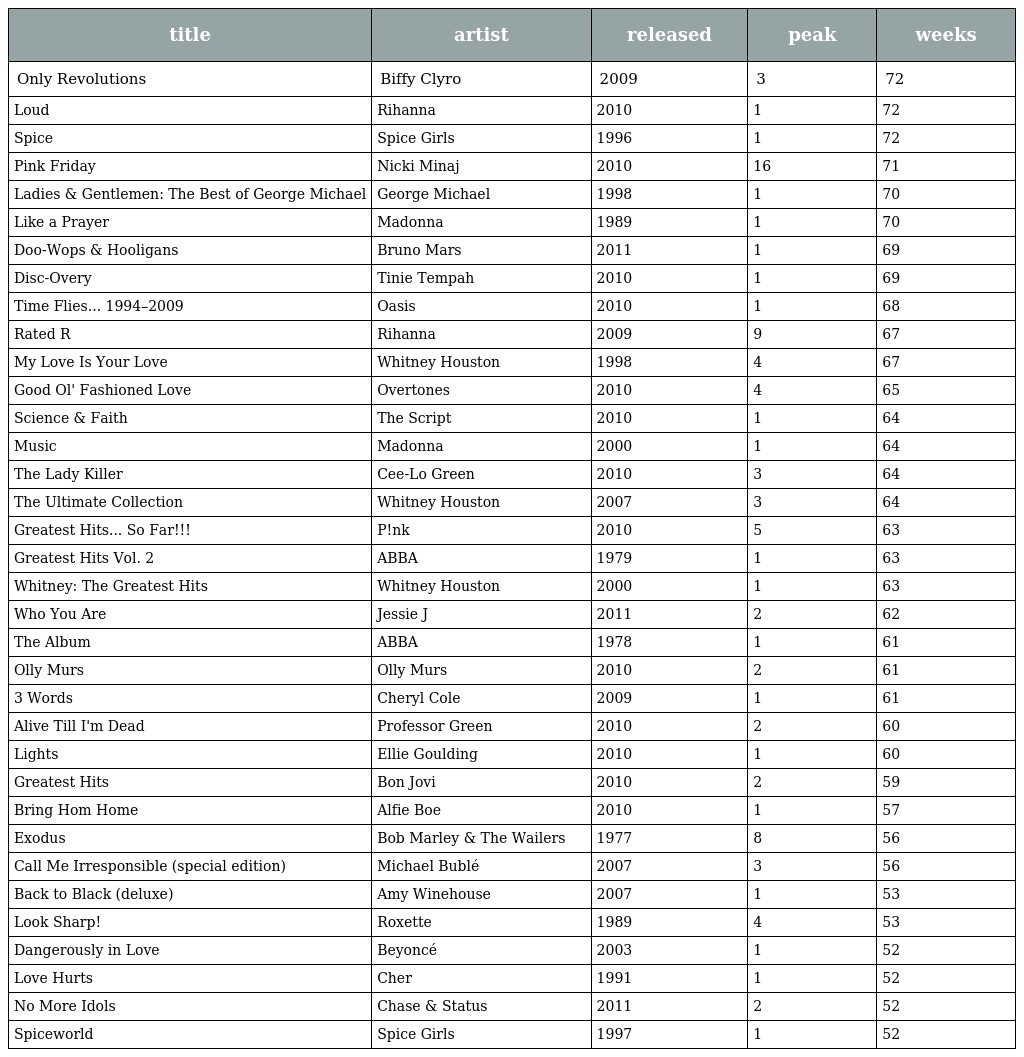
| title | artist | released | peak | weeks |
 | --- | --- | --- | --- | --- |
 | Only Revolutions | Biffy Clyro | 2009 | 3 | 72 |
 | Loud | Rihanna | 2010 | 1 | 72 |
 | Spice | Spice Girls | 1996 | 1 | 72 |
 | Pink Friday | Nicki Minaj | 2010 | 16 | 71 |
 | Ladies & Gentlemen: The Best of George Michael | George Michael | 1998 | 1 | 70 |
 | Like a Prayer | Madonna | 1989 | 1 | 70 |
 | Doo-Wops & Hooligans | Bruno Mars | 2011 | 1 | 69 |
 | Disc-Overy | Tinie Tempah | 2010 | 1 | 69 |
 | Time Flies... 1994–2009 | Oasis | 2010 | 1 | 68 |
 | Rated R | Rihanna | 2009 | 9 | 67 |
 | My Love Is Your Love | Whitney Houston | 1998 | 4 | 67 |
 | Good Ol' Fashioned Love | Overtones | 2010 | 4 | 65 |
 | Science & Faith | The Script | 2010 | 1 | 64 |
 | Music | Madonna | 2000 | 1 | 64 |
 | The Lady Killer | Cee-Lo Green | 2010 | 3 | 64 |
 | The Ultimate Collection | Whitney Houston | 2007 | 3 | 64 |
 | Greatest Hits... So Far!!! | P!nk | 2010 | 5 | 63 |
 | Greatest Hits Vol. 2 | ABBA | 1979 | 1 | 63 |
 | Whitney: The Greatest Hits | Whitney Houston | 2000 | 1 | 63 |
 | Who You Are | Jessie J | 2011 | 2 | 62 |
 | The Album | ABBA | 1978 | 1 | 61 |
 | Olly Murs | Olly Murs | 2010 | 2 | 61 |
 | 3 Words | Cheryl Cole | 2009 | 1 | 61 |
 | Alive Till I'm Dead | Professor Green | 2010 | 2 | 60 |
 | Lights | Ellie Goulding | 2010 | 1 | 60 |
 | Greatest Hits | Bon Jovi | 2010 | 2 | 59 |
 | Bring Hom Home | Alfie Boe | 2010 | 1 | 57 |
 | Exodus | Bob Marley & The Wailers | 1977 | 8 | 56 |
 | Call Me Irresponsible (special edition) | Michael Bublé | 2007 | 3 | 56 |
 | Back to Black (deluxe) | Amy Winehouse | 2007 | 1 | 53 |
 | Look Sharp! | Roxette | 1989 | 4 | 53 |
 | Dangerously in Love | Beyoncé | 2003 | 1 | 52 |
 | Love Hurts | Cher | 1991 | 1 | 52 |
 | No More Idols | Chase & Status | 2011 | 2 | 52 |
 | Spiceworld | Spice Girls | 1997 | 1 | 52 |